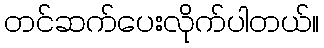
တင်ဆက်ပေးလိုက်ပါတယ်။